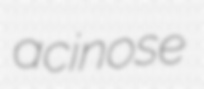
acinose